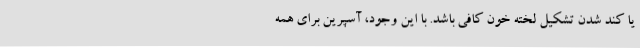
یا کند شدن تشکیل لخته خون کافی باشد. با این وجود، آسپرین برای همه